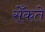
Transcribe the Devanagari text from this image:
सेँकते